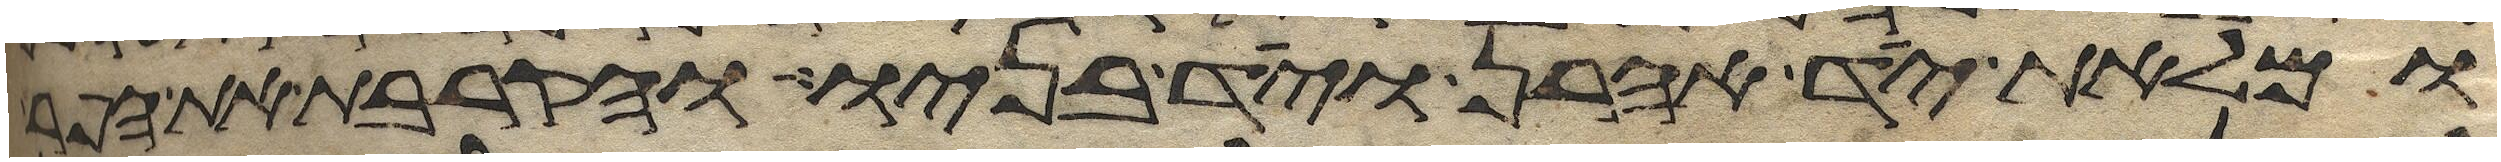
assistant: ומלאת יד אהרן ויד בניו והקרבת את הפר